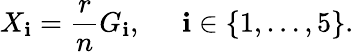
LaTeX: X_{\mathbf{i}}=\frac{{r}}{{n}}G_{\mathbf{i}},\; \; \; \; \; \mathbf{i}\in\{ 1,\ldots,5\} .